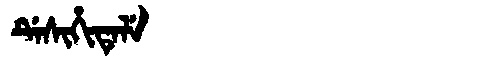
Manchu: ᡩᡝᠰᡳᡥᡳᡨᡝᠯᡝ
Romanization: DESIHITELE